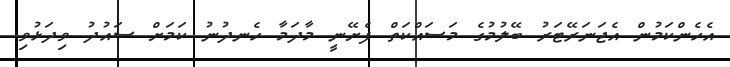
އެހެންކަމުން އެޖަނަރޭޓަރު ބޭލުމުގެ މަސައްކަތް ފެށޭނީ މާދަމާ ހެނދުނު ކަމަށް ސައުދު ވިދަޅުވި